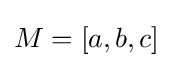
M=[a,b,c]